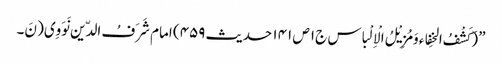
” (کَشْفُ الخِفاء وَمُزِیْلُ الْاِلْباس ج۱ ص ۱۴۱ حدیث ۴۵۹) امام شَرَفُ الدّین نَوَوِی( نَ۔